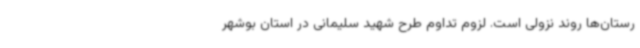
رستان‌ها روند نزولی است. لزوم تداوم طرح شهید سلیمانی در استان بوشهر